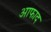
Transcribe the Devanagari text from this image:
आफाद